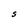
Character: S